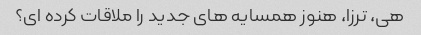
هی، ترزا، هنوز همسایه های جدید را ملاقات کرده ای؟